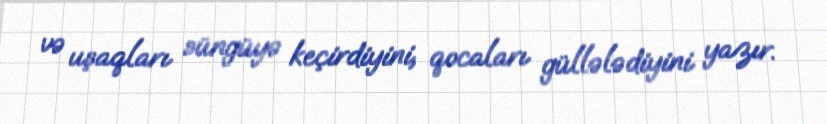
və uşaqları süngüyə keçirdiyini, qocaları güllələdiyini yazır.